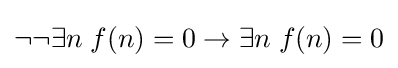
\neg \neg \exists n\;f(n)=0\rightarrow \exists n\;f(n)=0